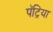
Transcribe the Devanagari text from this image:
पॅट्रिया